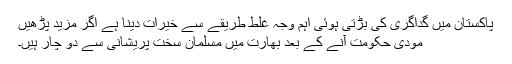
پاکستان میں گداگری کی بڑتی ہوئی اہم وجہ غلط طریقے سے خیرات دینا ہے اگر مزید پڑھیں
مودی حکومت آنے کے بعد بھارت میں مسلمان سخت پریشانی سے دو چار ہیں۔